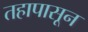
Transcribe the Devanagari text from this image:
तहापासून